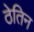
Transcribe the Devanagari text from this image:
ठेतिन